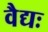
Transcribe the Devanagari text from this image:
वैद्यः